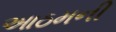
આઠમની